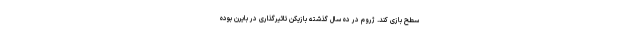
سطح بازی کند. ژروم در ده سال گذشته بازیکن تاثیرگذاری در بایرن بوده